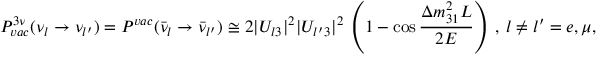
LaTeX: P _ { v a c } ^ { 3 \nu } ( \nu _ { l } \rightarrow \nu _ { l ^ { \prime } } ) = P ^ { v a c } ( \bar { \nu } _ { l } \rightarrow \bar { \nu } _ { l ^ { \prime } } ) \cong 2 | U _ { l 3 } | ^ { 2 } | U _ { l ^ { \prime } 3 } | ^ { 2 } ~ \left( 1 - \cos { \frac { \Delta m _ { 3 1 } ^ { 2 } L } { 2 E } } \right) ~ , ~ l \neq l ^ { \prime } = e , \mu , \tau ,